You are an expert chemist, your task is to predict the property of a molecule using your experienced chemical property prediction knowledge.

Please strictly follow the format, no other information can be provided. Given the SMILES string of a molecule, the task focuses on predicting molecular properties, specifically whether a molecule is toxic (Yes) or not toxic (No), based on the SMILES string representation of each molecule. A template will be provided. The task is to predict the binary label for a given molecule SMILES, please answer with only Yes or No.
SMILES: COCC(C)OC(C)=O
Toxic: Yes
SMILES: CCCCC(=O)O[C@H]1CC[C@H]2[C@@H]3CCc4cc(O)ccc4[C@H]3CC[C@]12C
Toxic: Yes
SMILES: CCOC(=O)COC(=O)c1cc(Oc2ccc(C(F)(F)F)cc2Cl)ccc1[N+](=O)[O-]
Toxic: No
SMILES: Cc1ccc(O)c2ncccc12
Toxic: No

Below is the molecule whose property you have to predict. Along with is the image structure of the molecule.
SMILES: O=C1C(I)=CC(=C(c2cc(I)c(O)c(I)c2)c2ccccc2C(=O)O)C=C1I
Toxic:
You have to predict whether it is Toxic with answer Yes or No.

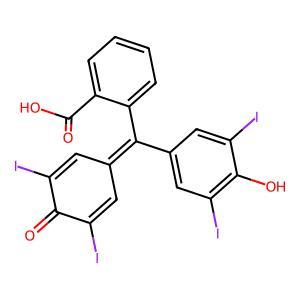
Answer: No